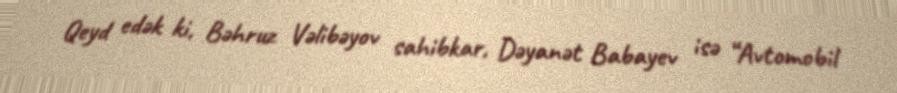
Qeyd edək ki, Bəhruz Vəlibəyov sahibkar, Dəyanət Babayev isə “Avtomobil